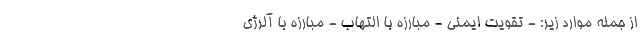
از جمله موارد زیر: - تقویت ایمنی - مبارزه با التهاب - مبارزه با آلرژی